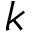
k